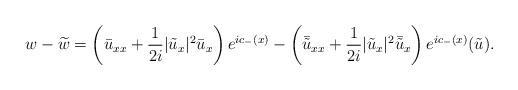
LaTeX: \begin{align*}w-\widetilde{w}=\left(\bar{u}_{xx}+\frac{1}{2 i}|\tilde{u}_x|^2 \bar{u}_x\right)e^{ic_-(x)}-\left(\bar{\tilde{u}}_{xx}+\frac{1}{2i}|\tilde{u}_x|^2 \bar{\tilde{u}}_x\right) e^{ic_-(x)}(\tilde{u}).\end{align*}